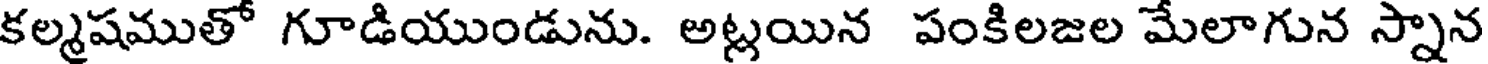
కల్మషముతో గూడియుండును. అట్లయిన పంకిలజల మేలాగున స్నాన